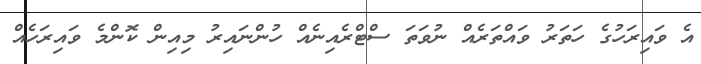
އެ ވައިރަހުގެ ހަތަރު ވައްތަރެއް ނުވަތަ ސްޓްރެއިނެއް ހުންނައިރު މިއިން ކޮންމެ ވައިރަހެއް